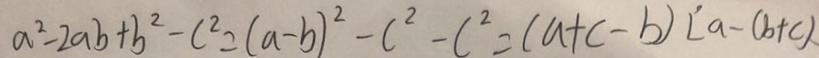
a ^ { 2 } - 2 a b + b ^ { 2 } - c ^ { 2 } = ( a - b ) ^ { 2 } - c ^ { 2 } - c ^ { 2 } = ( a + c - b ) [ a - ( b + c ) 、